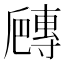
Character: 𡭍